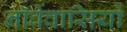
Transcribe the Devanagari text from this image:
नॉर्वेवासियों